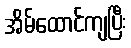
အိမ်ထောင်ကျပြီး